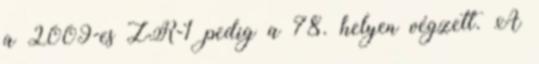
a 2009-es ZR-1 pedig a 78. helyen végzett. A